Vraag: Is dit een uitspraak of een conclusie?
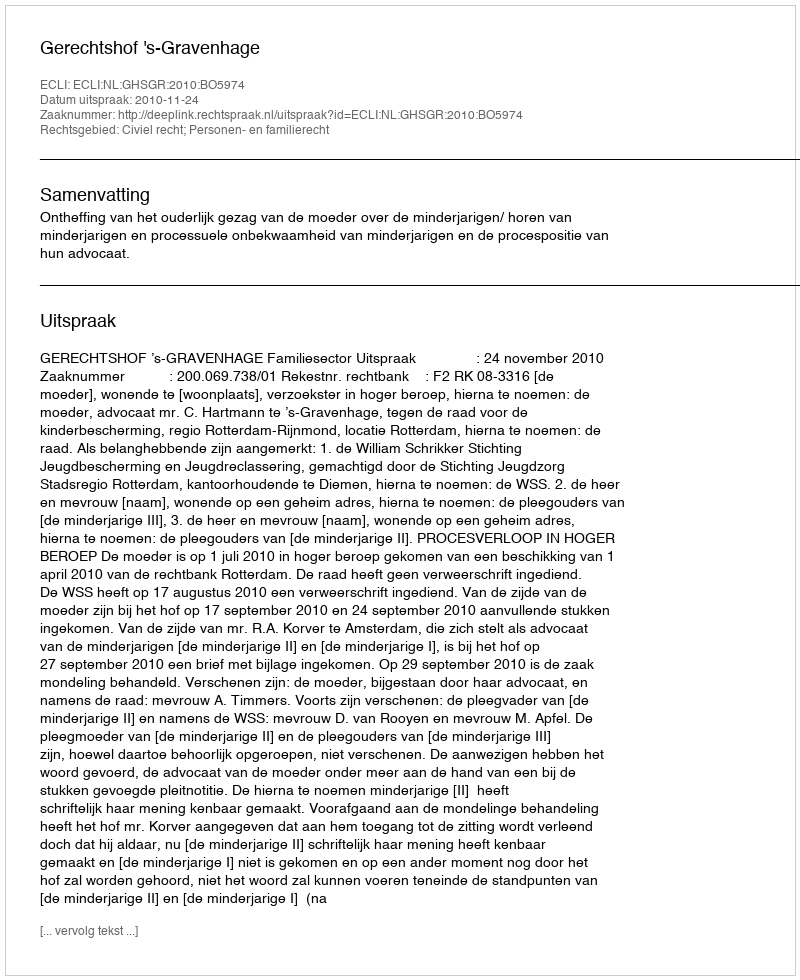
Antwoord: Uitspraak